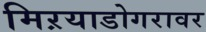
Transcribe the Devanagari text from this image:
मिऱयाडोगरावर